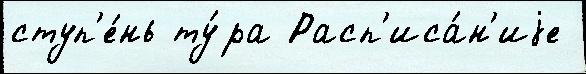
ступ'е́нь ту́ра Расп'иса́н'иjе